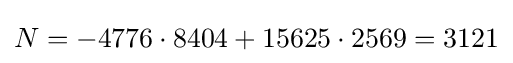
N=-4776\cdot 8404+15625\cdot 2569=3121